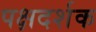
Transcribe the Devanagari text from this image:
पक्षदर्शक